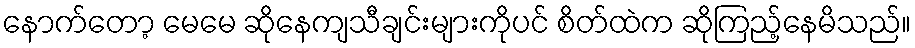
နောက်တော့ မေမေ ဆိုနေကျသီချင်းများကိုပင် စိတ်ထဲက ဆိုကြည့်နေမိသည်။